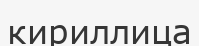
кириллица